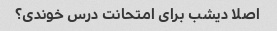
اصلا دیشب برای امتحانت درس خوندی؟